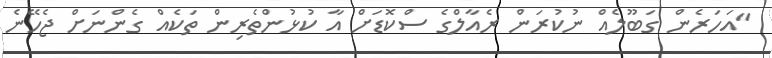
"އަހަރެން ގަބޫލެއް ނުކުރަން ރެއާލްގެ ސްކޮޑަށް އާ ކުޅުންތެރިން ތަކެއް ގެންނަށް ޖެހޭނެ